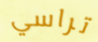
تراسي